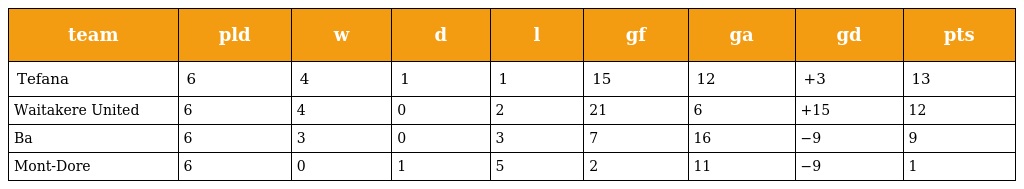
| team | pld | w | d | l | gf | ga | gd | pts |
 | --- | --- | --- | --- | --- | --- | --- | --- | --- |
 | Tefana | 6 | 4 | 1 | 1 | 15 | 12 | +3 | 13 |
 | Waitakere United | 6 | 4 | 0 | 2 | 21 | 6 | +15 | 12 |
 | Ba | 6 | 3 | 0 | 3 | 7 | 16 | −9 | 9 |
 | Mont-Dore | 6 | 0 | 1 | 5 | 2 | 11 | −9 | 1 |